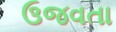
ઉજવતા